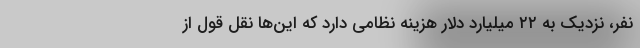
نفر، نزدیک به ۲۲ میلیارد دلار هزینه نظامی دارد که این‌ها نقل قول از